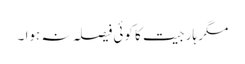
مگر ہار جیت کا کوئی فیصلہ نہ ہوا ۔